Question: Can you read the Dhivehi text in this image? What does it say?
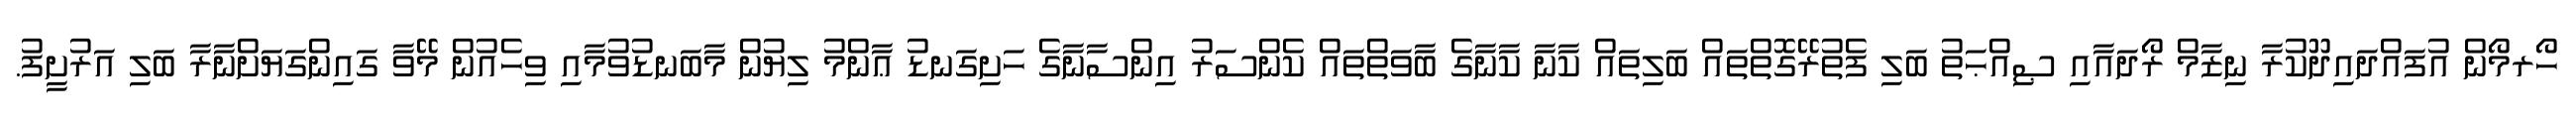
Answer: ހޯރމޯން އުފައްދައިދޫކުރާ ނިޒާމް ރޯދައާއި ޞިއްޙަތު ބަލި ފެތުރޭގޮތްތައް ބަލިތައް ކާނާ ކާނާގެ ބާވަތްތައް ކެންސަރު އިންސާނާގެ ހަށިގަނޑު ޢާންމު ލިޔުން މާބަނޑުވުމާއި ވިހެއުން މޭވާ ގައިންގަޔަށްނާރާ ބަލި އަރުށީފު.